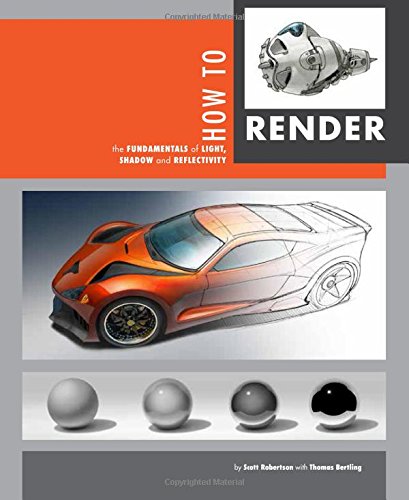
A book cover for How to Render: the fundamentals of light, shadow and reflectivity; Scott Robertson; Arts & Photography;